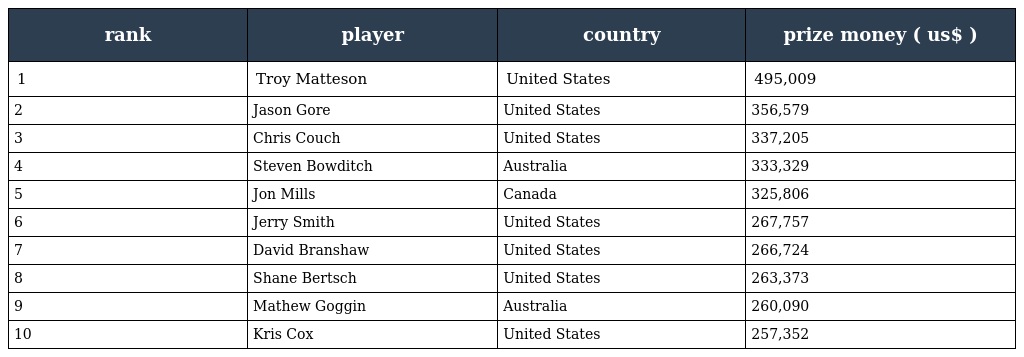
| rank | player | country | prize money ( us$ ) |
 | --- | --- | --- | --- |
 | 1 | Troy Matteson | United States | 495,009 |
 | 2 | Jason Gore | United States | 356,579 |
 | 3 | Chris Couch | United States | 337,205 |
 | 4 | Steven Bowditch | Australia | 333,329 |
 | 5 | Jon Mills | Canada | 325,806 |
 | 6 | Jerry Smith | United States | 267,757 |
 | 7 | David Branshaw | United States | 266,724 |
 | 8 | Shane Bertsch | United States | 263,373 |
 | 9 | Mathew Goggin | Australia | 260,090 |
 | 10 | Kris Cox | United States | 257,352 |